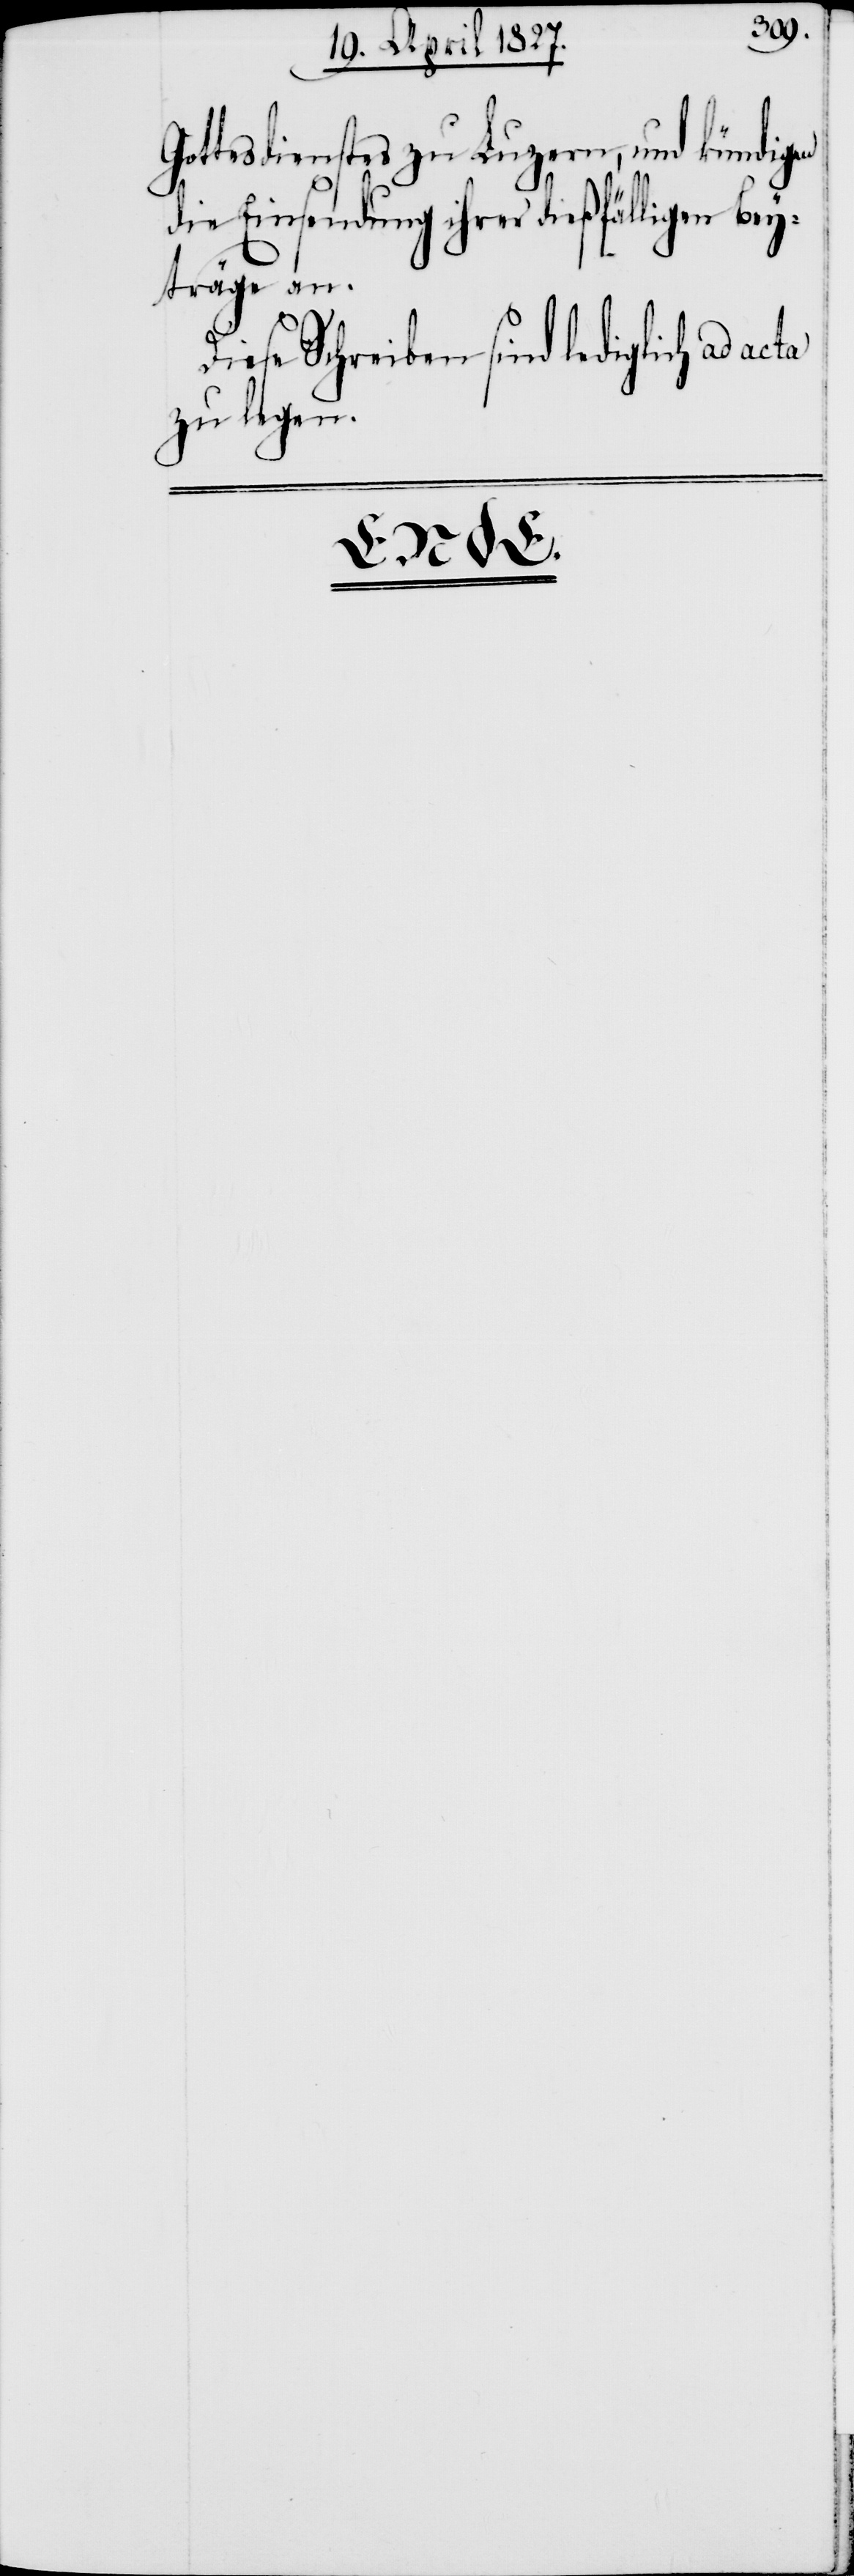
D¬
Gottesdienstes zu Luzern, und kündigen
die Einsendung ihrer dießfälligen Bey¬
träge an.
iese Schreiben sind lediglich ad
zu legen.